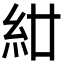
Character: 𥾰